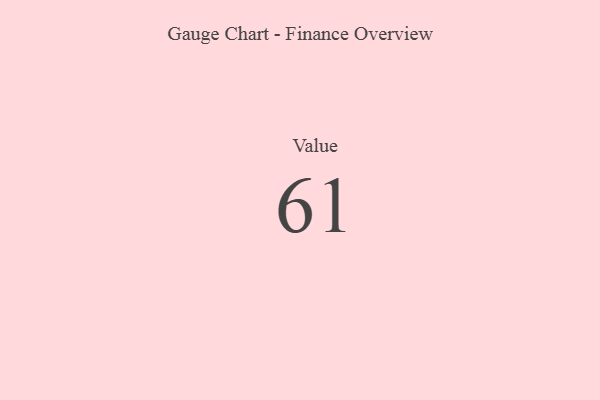
{"axis": {"x": "Metric", "y": "Value"}, "legend": [""], "data": [{"x": "Value", "y": 61, "type": ""}]}